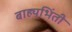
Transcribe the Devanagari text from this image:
बाह्यभिंती